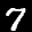
Label: 7